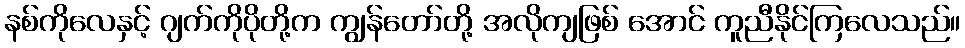
နစ်ကိုလေနှင့် ဂျက်ကိုပိုတို့က ကျွန်တော်တို့ အလိုကျဖြစ် အောင် ကူညီနိုင်ကြလေသည်။